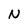
Character: N